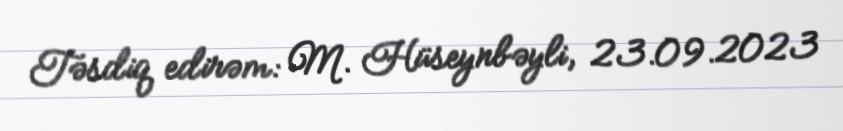
Təsdiq edirəm: M. Hüseynbəyli, 23.09.2023